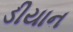
ડીયાન